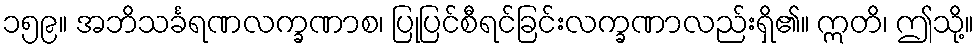
၁၅၉။ အဘိသင်္ခရဏလက္ခဏာစ၊ ပြုပြင်စီရင်ခြင်းလက္ခဏာလည်းရှိ၏။ ဣတိ၊ ဤသို့။